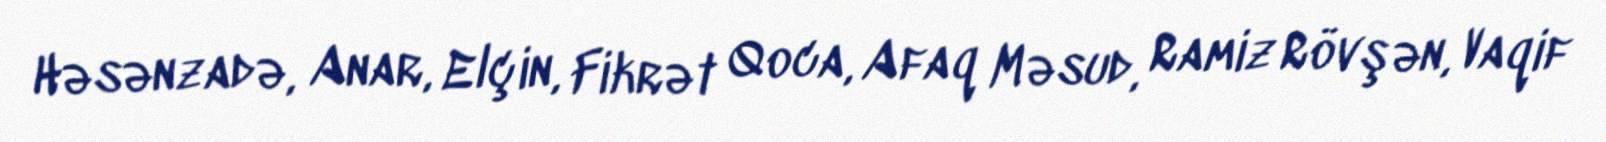
Həsənzadə, Anar, Elçin, Fikrət Qoca, Afaq Məsud, Ramiz Rövşən, Vaqif